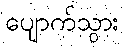
ပျောက်သွား